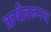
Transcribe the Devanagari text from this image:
ऋषीवरूनच